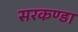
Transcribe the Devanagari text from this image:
सरकण्डा